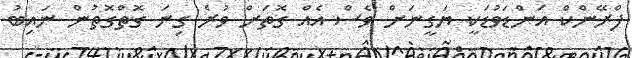
ފްރޭންކް އަންޑަވުޑަކީ ޔަގީނަށް ވެސް އެއް ގޮތަށް ވުރެ ގިނަ ގޮތްގޮތުން ނައިބު